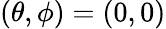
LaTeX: (\theta,\phi)=(0,0)